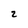
Character: 2